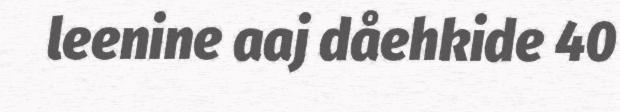
leenine aaj dåehkide 40